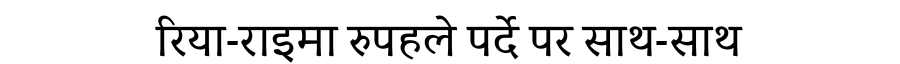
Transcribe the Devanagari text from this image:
रिया-राइमा रुपहले पर्दे पर साथ-साथ